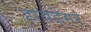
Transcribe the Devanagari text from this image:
हायडेगर